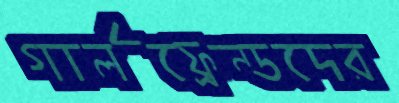
গার্লফ্রেন্ডদের